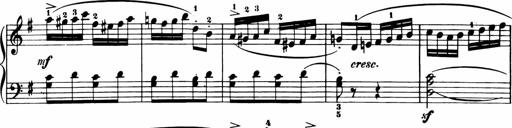
Title: 11 Sonatinas for Piano Solo
Composer: Anton Diabelli